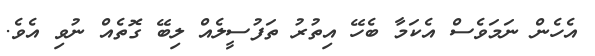
އެހެން ނަމަވެސް އެކަމާ ބެހޭ އިތުރު ތަފުސީލެއް ލިބޭ ގޮތެއް ނުވި އެވެ.